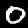
Digit: 0